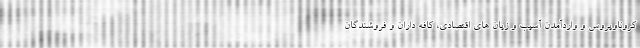
کروناویروس و واردآمدن آسیب و زیان هاى اقتصادى، کافه داران و فروشندگان